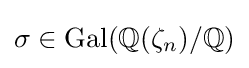
\sigma \in \operatorname {Gal} (\mathbb {Q} (\zeta _{n})/\mathbb {Q} )